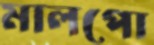
মালপো